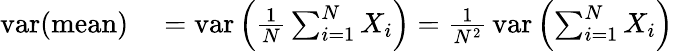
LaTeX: \begin{array}{rl}{\operatorname{var}({\mathrm{mean}})}&{{}=\operatorname{var}\left({\frac{1}{N}}\sum_{i=1}^{N}X_{i}\right)={\frac{1}{N^{2}}}\operatorname{var}\left(\sum_{i=1}^{N}X_{i}\right)}\end{array}